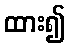
ထား၍